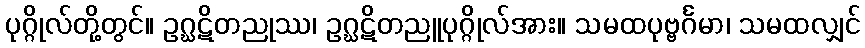
ပုဂ္ဂိုလ်တို့တွင်။ ဥဂ္ဃဋိတညုဿ၊ ဥဂ္ဃဋိတညူပုဂ္ဂိုလ်အား။ သမထပုဗ္ဗင်္ဂမာ၊ သမထလျှင်